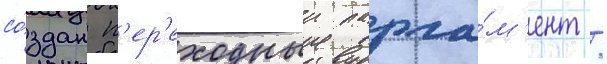
со́здан п'ер'еходныи парла́м'ент /